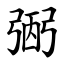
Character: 弻